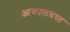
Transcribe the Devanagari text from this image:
आकालग्रस्त